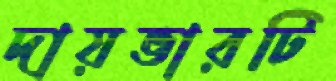
দায়ভারটি